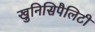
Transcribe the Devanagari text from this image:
खुनिसिपैलिटी